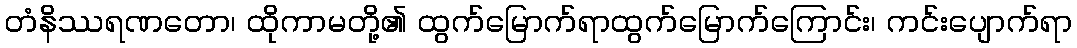
တံနိဿရဏတော၊ ထိုကာမတို့၏ ထွက်မြောက်ရာထွက်မြောက်ကြောင်း၊ ကင်းပျောက်ရာ